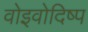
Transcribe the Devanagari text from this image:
वोइवोदिष्प